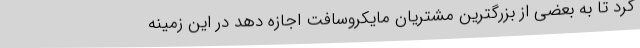
کرد تا به بعضی از بزرگترین مشتریان مایکروسافت اجازه دهد در این زمینه